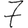
Digit: 7